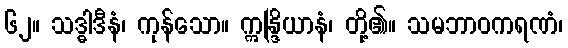
၆၂။ သဒ္ဓါဒီနံ၊ ကုန်သော။ ဣန္ဒြိယာနံ၊ တို့၏။ သမဘာဝကရဏံ၊